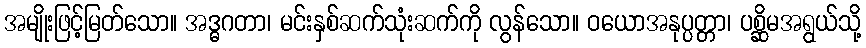
အမျိုးဖြင့်မြတ်သော။ အဒ္ဓဂတာ၊ မင်းနှစ်ဆက်သုံးဆက်ကို လွန်သော။ ဝယောအနုပ္ပတ္တာ၊ ပစ္ဆိမအရွယ်သို့